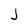
Character: j